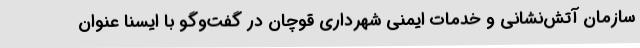
سازمان آتش‌نشانی و خدمات ایمنی شهرداری قوچان در گفت‌وگو با ایسنا عنوان